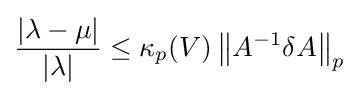
{\frac {|\lambda -\mu |}{|\lambda |}}\leq \kappa _{p}(V)\left\|A^{-1}\delta A\right\|_{p}